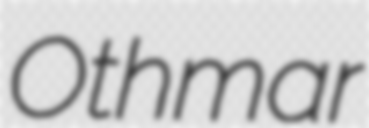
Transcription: Othmar